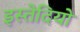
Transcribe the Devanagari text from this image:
इस्तेदियो